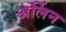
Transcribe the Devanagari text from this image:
अर्लिन